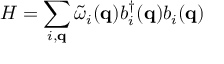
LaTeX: H = \sum _ { i , { \bf { q } } } { \tilde { \omega } } _ { i } ( { \bf { q } } ) b _ { i } ^ { \dagger } ( { \bf { q } } ) b _ { i } ( { \bf { q } } )